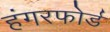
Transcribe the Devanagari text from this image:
हंगरफोर्ड